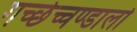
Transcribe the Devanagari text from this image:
गच्छेच्चण्डालो